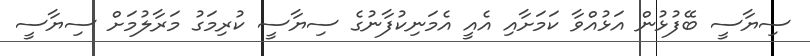
ސިޔާސީ ބޭފުޅުން އަޅުއްވާ ކަމަށާއި އެއީ އެމަނިކުފާނުގެ ސިޔާސީ ކުރިމަގު މަރާލުމަށް ސިޔާސީ